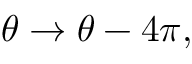
\theta \rightarrow \theta - 4 \pi ,